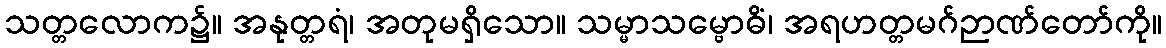
သတ္တလောက၌။ အနုတ္တရံ၊ အတုမရှိသော။ သမ္မာသမ္ဗောဓိံ၊ အရဟတ္တမဂ်ဉာဏ်တော်ကို။